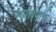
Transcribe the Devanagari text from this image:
सागण्याचा